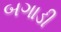
બગાડી